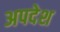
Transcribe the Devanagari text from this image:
अपदेश